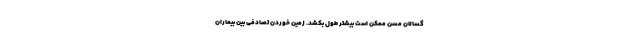
گسالان مسن ممکن است بیشتر طول بکشد. زمین خوردن تصادفی بین بیماران